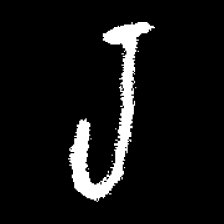
Pyu character \u2014 Myanmar letter: ရ (romanized: ra)